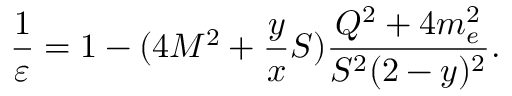
\frac { 1 } { \varepsilon } = 1 - ( 4 M ^ { 2 } + \frac { y } { x } S ) { \frac { Q ^ { 2 } + 4 m _ { e } ^ { 2 } } { S ^ { 2 } ( 2 - y ) ^ { 2 } } } .